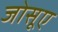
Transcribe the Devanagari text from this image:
जोसूए